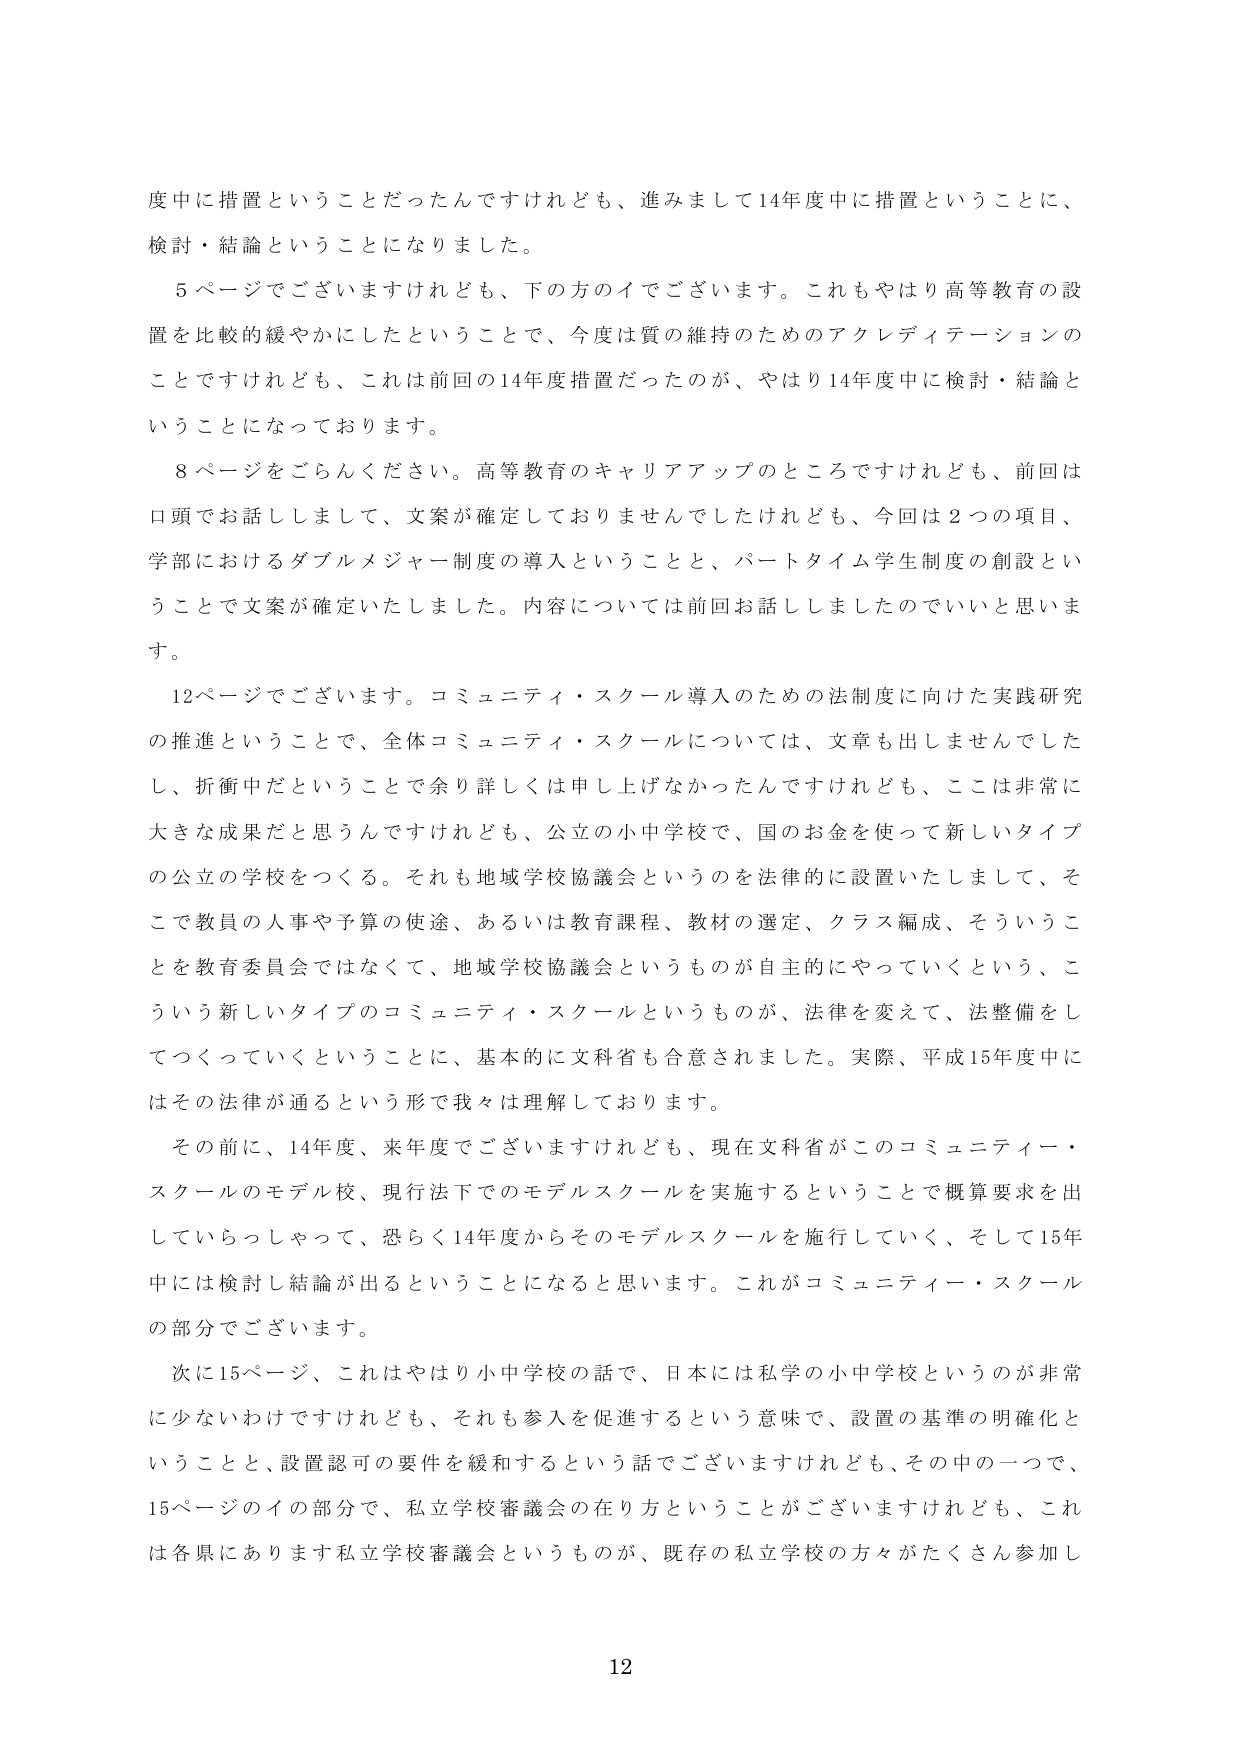
度中に措置ということだったんですけれども、進みまして14年度中に措置ということに、
検討・結論ということになりました。

5ページでございますけれども、下の方のイでございます。これもやはり高等教育の設
置を比較的緩やかにしたということで、今度は質の維持のためのアクレディテーションの
ことですけれども、これは前回の14年度措置だったのが、やはり14年度中に検討・結論と
いうことになっております。

8ページをごらんください。高等教育のキャリアアップのところですけれども、前回は
口頭でお話ししまして、文案が確定しておりませんでしたけれども、今回は2つの項目、
学部におけるダブルメジャー制度の導入ということと、パートタイム学生制度の創設とい
うことで文案が確定いたしました。内容については前回お話ししましたのでいいと思いま
す。

12ページでございます。コミュニティ・スクール導入のための法制度に向けた実践研究
の推進ということで、全体コミュニティ・スクールについては、文章も出しませんでした
し、折衝中だということで余り詳しくは申し上げなかったんですけれども、ここは非常に
大きな成果だと思うんですけれども、公立の小中学校で、国のお金を使って新しいタイプ
の公立の学校をつくる。それも地域学校協議会というのを法律的に設置いたしまして、そ
こで教員の人事や予算の使途、あるいは教育課程、教材の選定、クラス編成、そういうこ
とを教育委員会ではなくて、地域学校協議会というものが自主的にやっていくという、こ
ういう新しいタイプのコミュニティ・スクールというものが、法律を変えて、法整備をし
てつくっていくということに、基本的に文科省も合意されました。実際、平成15年度中には
その法律が通るという形で我々は理解しております。

その前に、14年度、来年度でございますけれども、現在文科省がこのコミュニティー・
スクールのモデル校、現行法下でのモデルスクールを実施するということで概算要求を出
していらっしゃって、恐らく14年度からそのモデルスクールを施行していく、そして15年
中には検討し結論が出るということになると思います。これがコミュニティー・スクール
の部分でございます。

次に15ページ、これはやはり小中学校の話で、日本には私学の小中学校というのが非常
に少ないわけですけれども、それも参入を促進するという意味で、設置の基準の明確化と
いうことと、設置認可の要件を緩和するという話でございますけれども、その中の一つで、
15ページのイの部分で、私立学校審議会の在り方ということがございますけれども、これ
は各県にあります私立学校審議会というものが、既存の私立学校の方々がたくさん参加し

12